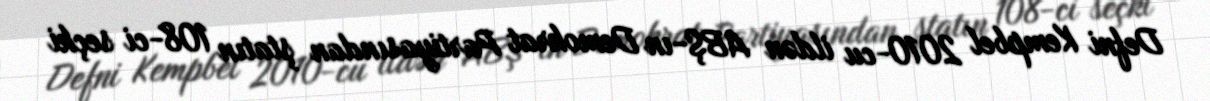
Defni Kempbel 2010-cu ildən ABŞ-ın Demokrat Partiyasından ştatın 108-ci seçki